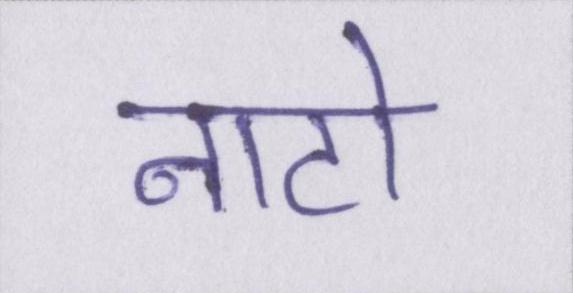
नाटो